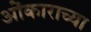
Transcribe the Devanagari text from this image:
ओंकाराच्या